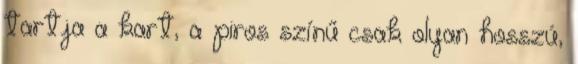
tartja a kart, a piros színű csak olyan hosszú,